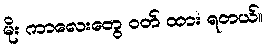
မိုး ကာလေးတွေ ဝတ် ထား ရတယ်။